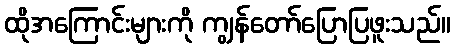
ထိုအကြောင်းများကို ကျွန်တော်ပြောပြဖူးသည်။